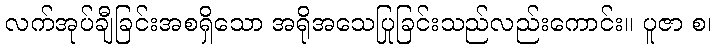
လက်အုပ်ချီခြင်းအစရှိသော အရိုအသေပြုခြင်းသည်လည်းကောင်း။ ပူဇာ စ၊